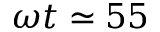
\omega t \simeq 5 5